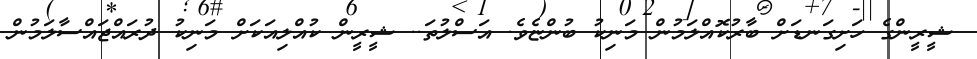
ޝީރީންގެ ހަށިގަނޑަށް ބާރުކޮއްލަމުން މަނިކު ބުންޏެވެ. އަސްލުތަ.. ޝީރީން ކުއްލިއަކަށް މަނިކު ދުރައްޖައްސާލަމުން